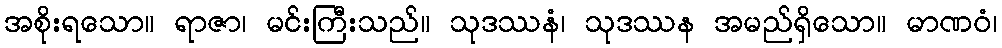
အစိုးရသော။ ရာဇာ၊ မင်းကြီးသည်။ သုဒဿနံ၊ သုဒဿန အမည်ရှိသော။ မာဏဝံ၊